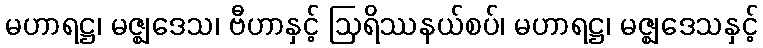
မဟာရဋ္ဌ၊ မဇ္ဈဒေသ၊ ဗီဟာနှင့် ဩရိဿနယ်စပ်၊ မဟာရဋ္ဌ၊ မဇ္ဈဒေသနှင့်